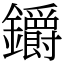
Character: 𨰜